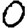
Digit: 0